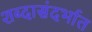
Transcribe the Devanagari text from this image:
शब्दासंदर्भात